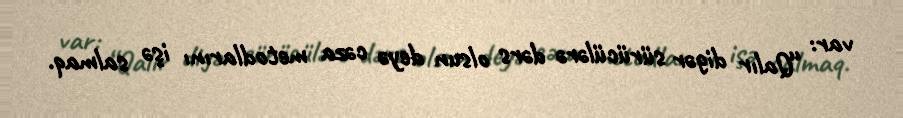
var: “Qalır digər sürücülərə dərs olsun deyə cəza metodlarını işə salmaq.